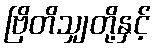
ဗြိတိသျှတို့နှင့်